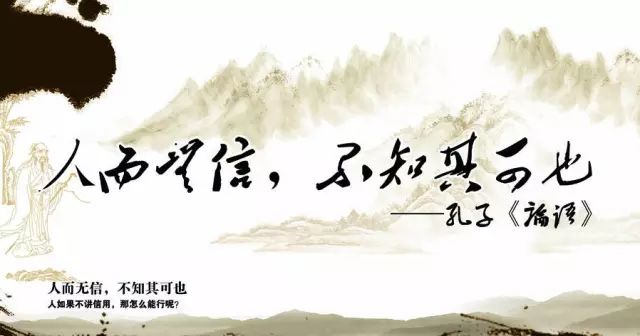
守经事而不知其宜，遭变事而不知其权。